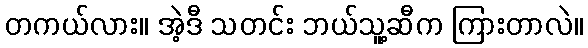
တကယ်လား။ အဲ့ဒီ သတင်း ဘယ်သူ့ဆီက ကြားတာလဲ။